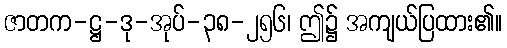
ဇာတက-ဋ္ဌ-ဒု-အုပ်-၃၈-၂၅၆၊ ဤ၌ အကျယ်ပြထား၏။